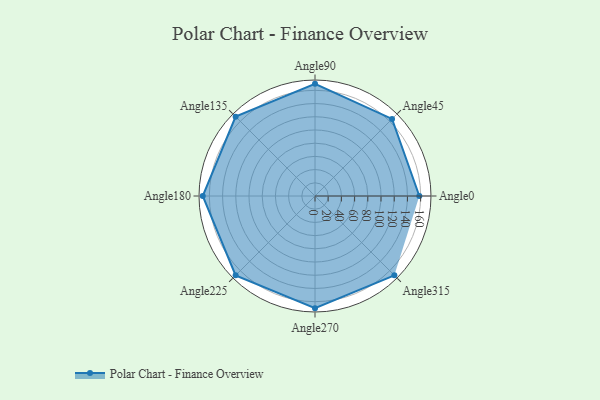
{"axis": {"x": "Angle", "y": "Radius"}, "legend": [""], "data": [{"x": "Angle0", "y": 158.0, "type": ""}, {"x": "Angle45", "y": 165.0, "type": ""}, {"x": "Angle90", "y": 170, "type": ""}, {"x": "Angle135", "y": 170, "type": ""}, {"x": "Angle180", "y": 170, "type": ""}, {"x": "Angle225", "y": 170, "type": ""}, {"x": "Angle270", "y": 170, "type": ""}, {"x": "Angle315", "y": 170, "type": ""}]}